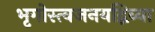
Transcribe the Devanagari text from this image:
भृगोस्त्वजनयद्विव्या